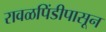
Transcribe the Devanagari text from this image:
रावळपिंडीपासून